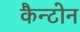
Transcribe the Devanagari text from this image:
कैन्टोन